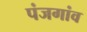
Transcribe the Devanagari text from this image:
पंजगांव